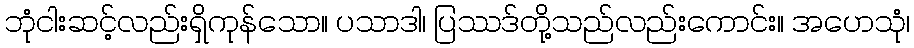
ဘုံငါးဆင့်လည်းရှိကုန်သော။ ပသာဒါ၊ ပြဿဒ်တို့သည်လည်းကောင်း။ အဟေသုံ၊